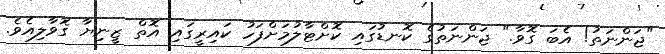
"ޖަންނަތު! އެބަ ގޮވާ." ޖަންނަތުގެ ކޮނޑުގައި ކޮށްޓާލުމަށްފަހު ކައިރީގައި އޮތް ޒީނިޔާ ގޮވާލިއެވެ.